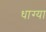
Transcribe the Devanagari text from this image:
धाग्या